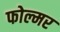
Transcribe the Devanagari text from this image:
फोल्मर